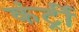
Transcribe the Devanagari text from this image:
कंर्ट्री